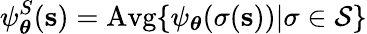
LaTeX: \psi_{\boldsymbol\theta}^{S}(\textbf{s})=\mathrm{Avg}\{ \psi_{\boldsymbol\theta}(\sigma(\mathbf{s}))|\sigma\in\mathcal{S}\}